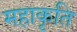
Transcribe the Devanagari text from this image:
महाकृति